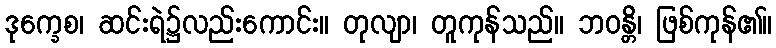
ဒုက္ခေစ၊ ဆင်းရဲ၌လည်းကောင်း။ တုလျာ၊ တူကုန်သည်။ ဘဝန္တိ၊ ဖြစ်ကုန်၏။